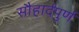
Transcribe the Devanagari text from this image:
सौहार्दपुर्ण